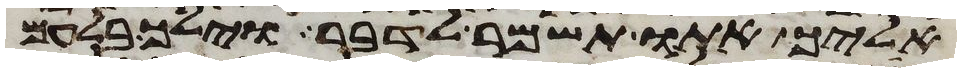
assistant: אליך אתו תשמר לדבר וילך בלעם